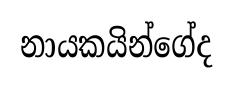
නායකයින්ගේද